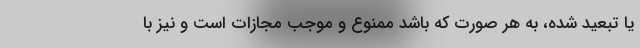
یا تبعید شده، به هر صورت که باشد ممنوع و موجب مجازات است و نیز با